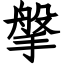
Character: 搫